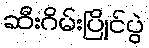
ဆီးဂိမ်းပြိုင်ပွဲ